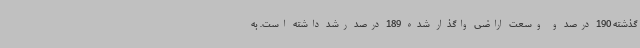
گذشته 190 درصد و وسعت اراضی واگذار شده 189 درصد رشد داشته است. به